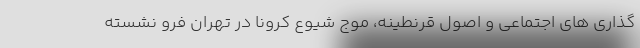
گذاری های اجتماعی و اصول قرنطینه، موج شیوع کرونا در تهران فرو نشسته